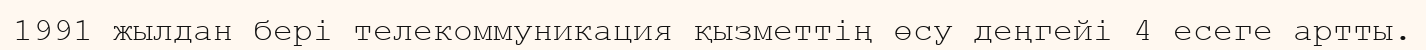
1991 жылдан бері телекоммуникация қызметтің өсу деңгейі 4 есеге артты.